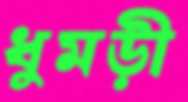
ধুমড়ী